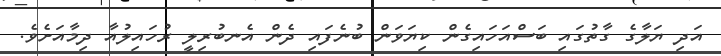
އަދި ޔަލާގެ ގާތުގައި ބަސްއަހައިގެން ކިޔަވަން ބުނެފައި ދެން އެނބުރިލީ ރުހައިލުއާ ދިމާއަށެވެ.